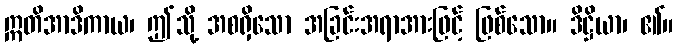
ဣတိအာဒိကာယ၊ ဤသို့ အစရှိသော အခြင်းအရာအားဖြင့် ဖြစ်သော။ ဒိဋ္ဌိယာ၊ ၏။